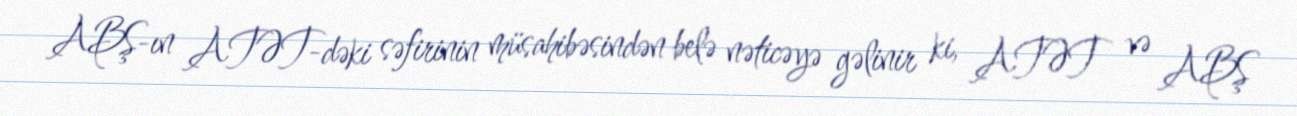
ABŞ-ın ATƏT-dəki səfirinin müsahibəsindən belə nəticəyə gəlinir ki, ATƏT və ABŞ